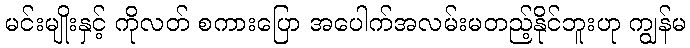
မင်းမျိုးနှင့် ကိုလတ် စကားပြော အပေါက်အလမ်းမတည့်နိုင်ဘူးဟု ကျွန်မ